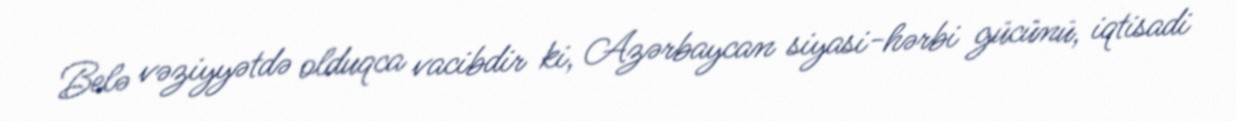
Belə vəziyyətdə olduqca vacibdir ki, Azərbaycan siyasi-hərbi gücünü, iqtisadi